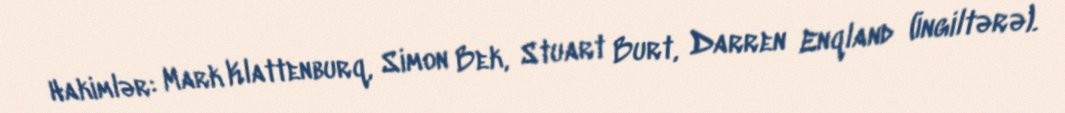
Hakimlər: Mark Klattenburq, Simon Bek, Stuart Burt, Darren Enqland (İngiltərə).